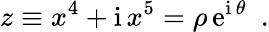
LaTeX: z\equiv x^{4}+\mathrm{i}\, x^{5}=\rho\, \mathrm{e}^{\mathrm{i}\, \theta}~~.